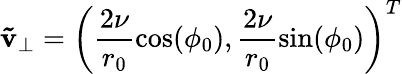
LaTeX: \mathbf{\tilde{v}}_{\perp}=\left(\frac{2\nu}{r_{0}}\cos(\phi_{0}),\frac{2\nu}{r_{0}}\sin(\phi_{0})\right)^{T}